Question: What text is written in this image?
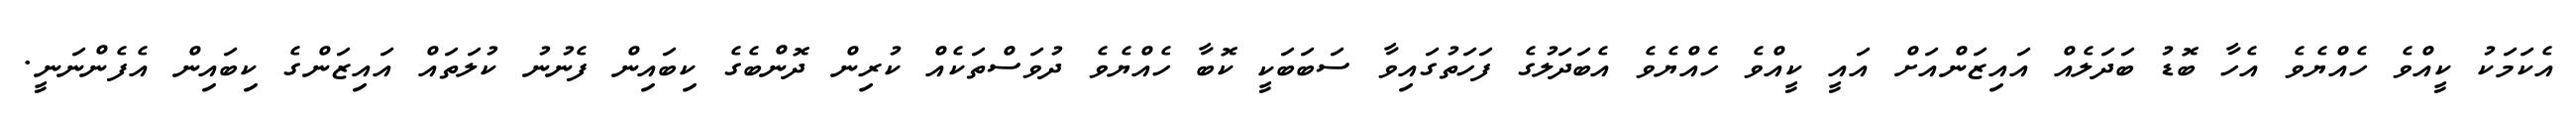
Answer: އެކަމަކު ކީއްވެ ހެއްޔެވެ އެހާ ބޮޑު ބަދަލެއް އައިޒަންއަށް އައީ ކީއްވެ ހެއްޔެވެ އެބަދަލުގެ ފަހަތުގައިވާ ސަބަބަކީ ކޮބާ ހެއްޔެވެ ދުވަސްތަކެއް ކުރިން ދޮންބެގެ ކިބައިން ފެނުނު ކުލަތައް އައިޒަންގެ ކިބައިން އެފެންނަނީ.